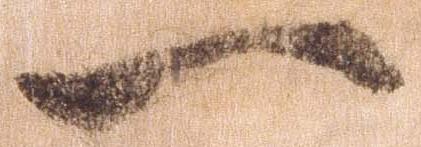
一